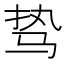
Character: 𱅊